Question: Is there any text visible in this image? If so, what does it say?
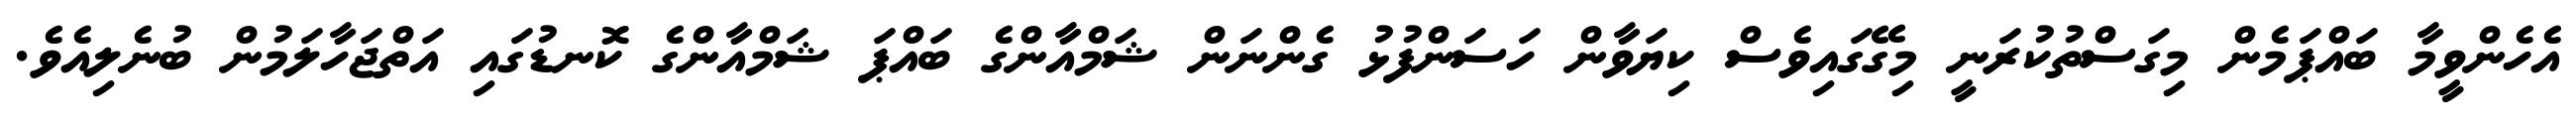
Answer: އެހެންވީމާ ބައްޕަމެން މިގަސްތުކުރަނީ މިގޭގައިވެސް ކިޔަވާން ހަސަންފުޅު ގެންނަން ޝަމްއާންގެ ބައްޕަ ޝަމްއާންގެ ކޮނޑުގައި އަތްޖަހާލަމުން ބުނެލިއެވެ.